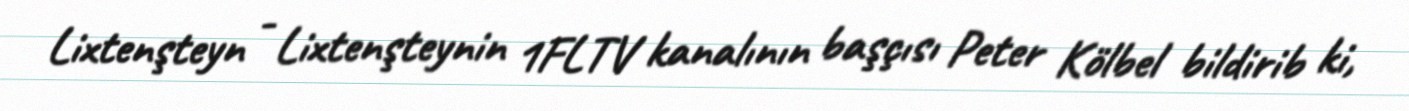
Lixtenşteyn - Lixtenşteynin 1FLTV kanalının başçısı Peter Kölbel bildirib ki,